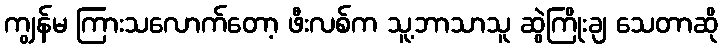
ကျွန်မ ကြားသလောက်တော့ ဖီးလစ်က သူ့ဘာသာသူ ဆွဲကြိုးချ သေတာဆို